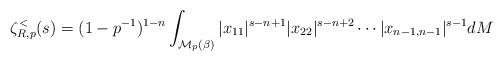
LaTeX: \begin{align*} \zeta^<_{R,p}(s) = (1-p^{-1})^{1-n} \int_{\mathcal{M}_p(\beta)} |x_{11}|^{s-n+1} |x_{22}|^{s-n+2}\cdots |x_{n-1,n-1}|^{s-1}dM\end{align*}